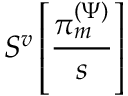
S ^ { v } \left[ \frac { \pi _ { m } ^ { ( \Psi ) } } { s } \right]